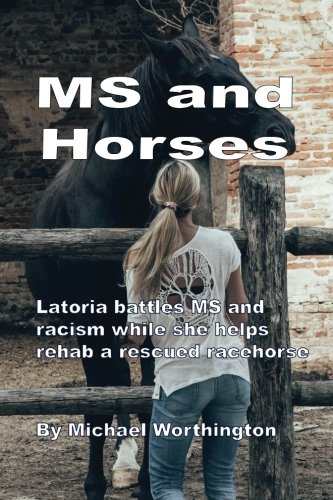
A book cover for MS and Horses: Teen struggles with multiple sclerosis while rehabbing a rescued racehorse (Horses and Handicaps); Michael R Worthington; Romance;